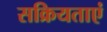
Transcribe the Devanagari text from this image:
सक्रियताएं